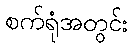
စက်ရုံအတွင်း